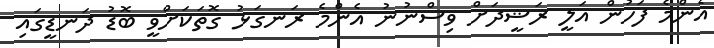
އެންމެ ފަހުން އަލީ ރަޝީދަށް ވިސްނުނު އެންމެ ރަނގަޅު ގޮތަކަށްވީ ބޮޑު ދަނޑީގައި